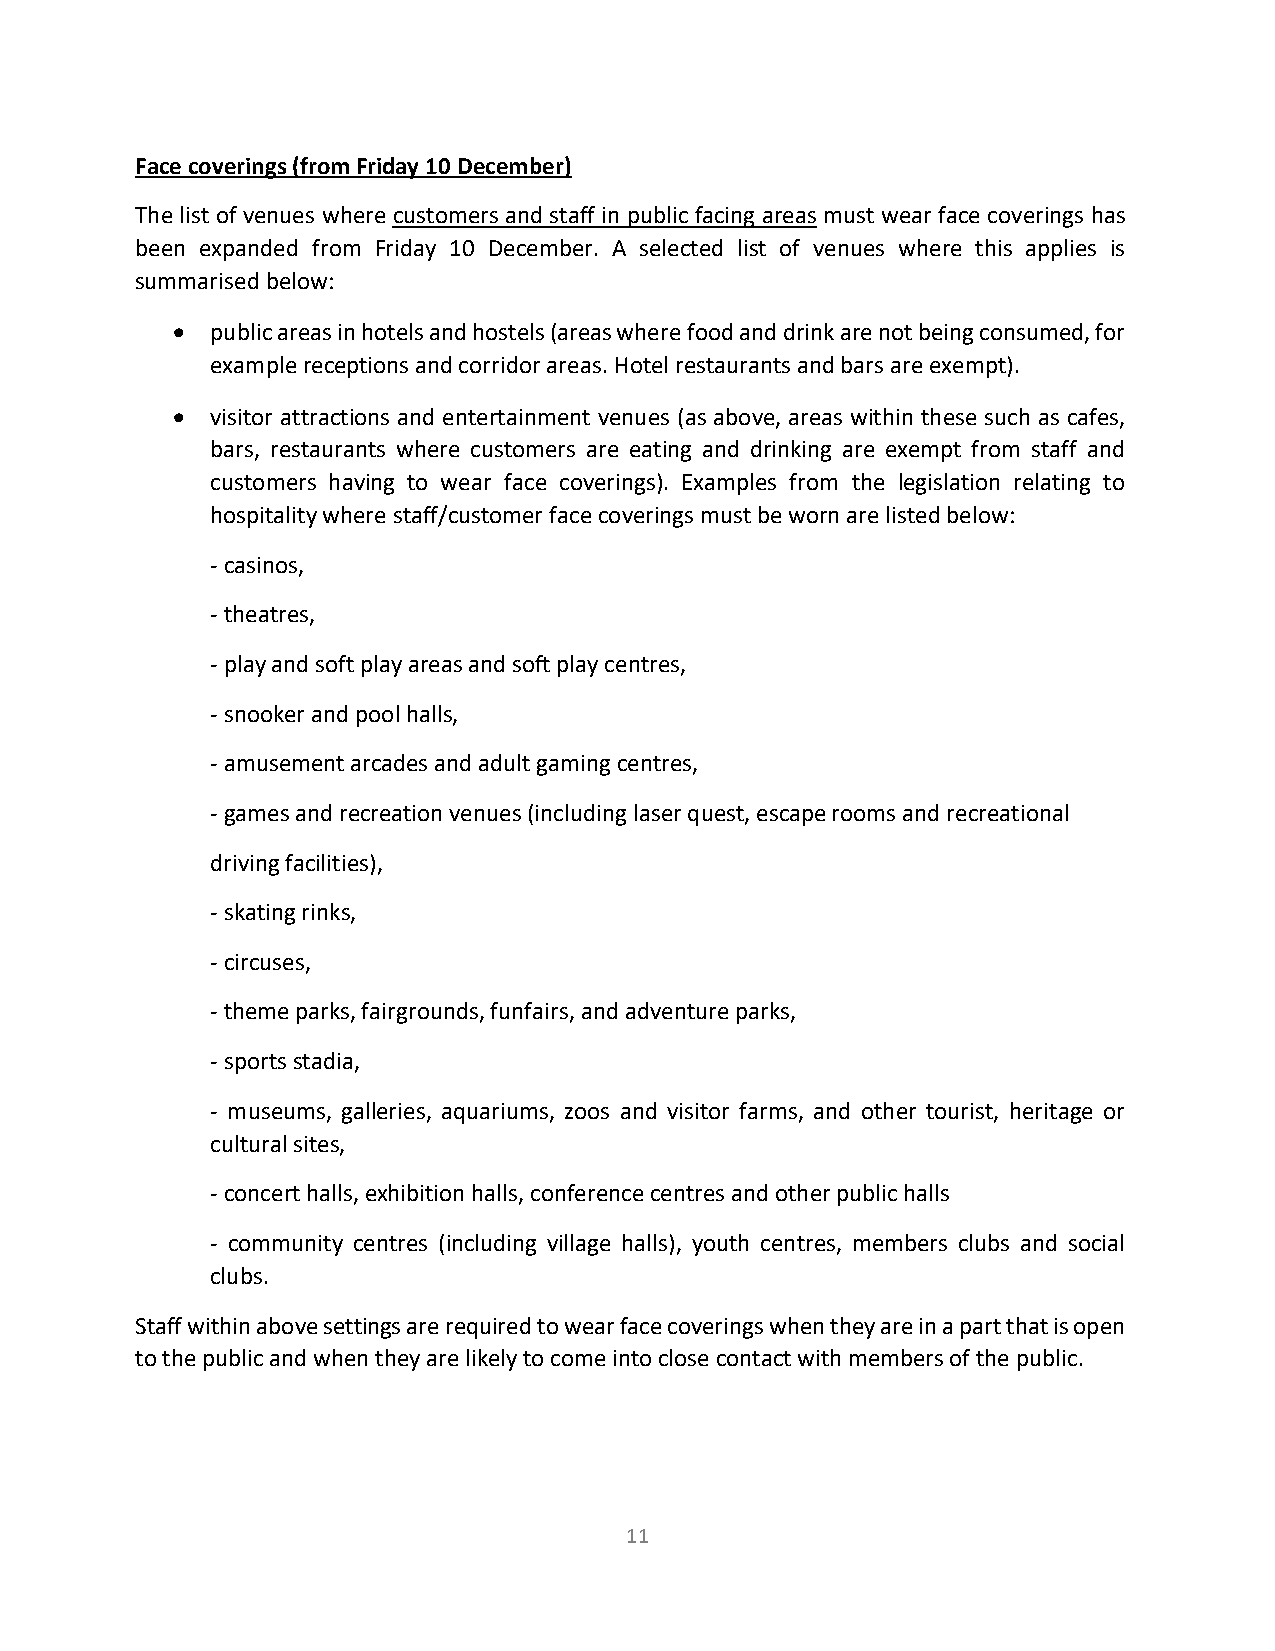
Face coverings (from Friday 10 December)
 The list of venues where customers and staff in public facing areas must wear face coverings has
 been expanded from Friday 10 December. A selected list of venues where this applies is
 summarised below:
 •  public areas in hotels and hostels (areas where food and drink are not being consumed, for
 example receptions and corridor areas. Hotel restaurants and bars are exempt).
 •  visitor attractions and entertainment venues (as above, areas within these such as cafes,
 bars, restaurants where customers are eating and drinking are exempt from staff and
 customers having to wear face coverings). Examples from the legislation relating to
 hospitality where staff/customer face coverings must be worn are listed below:
 - casinos,
 - theatres,
 - play and soft play areas and soft play centres,
 - snooker and pool halls,
 - amusement arcades and adult gaming centres,
 - games and recreation venues (including laser quest, escape rooms and recreational
 driving facilities),
 - skating rinks,
 - circuses,
 - theme parks, fairgrounds, funfairs, and adventure parks,
 - sports stadia,
 - museums, galleries, aquariums, zoos and visitor farms, and other tourist, heritage or
 cultural sites,
 - concert halls, exhibition halls, conference centres and other public halls
 - community centres (including village halls), youth centres, members clubs and social
 clubs.
 Staff within above settings are required to wear face coverings when they are in a part that is open
 to the public and when they are likely to come into close contact with members of the public.
 11